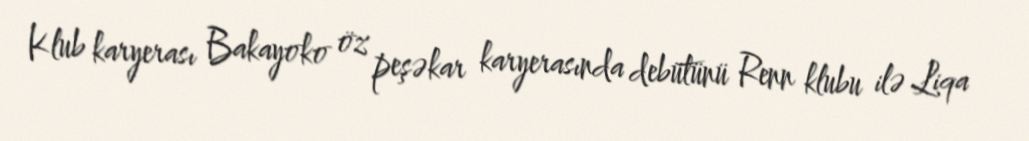
Klub karyerası Bakayoko öz peşəkar karyerasında debütünü Renn klubu ilə Liqa